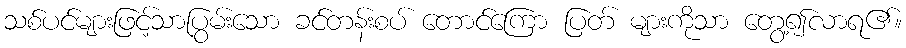
သစ်ပင်များဖြင့်သာပြွမ်းသော ခင်တန်းစပ် တောင်ကြော ပြတ် များကိုသာ တွေ့၍လာရ၏။